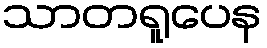
သာတရူပေန